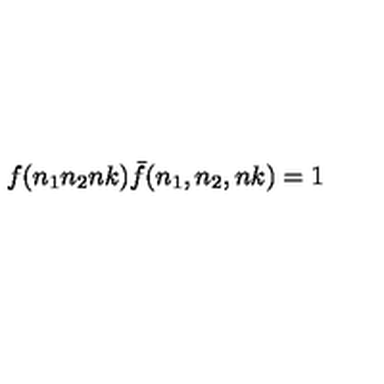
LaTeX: f ( n _ { 1 } n _ { 2 } n k ) { \bar { f } } ( n _ { 1 } , n _ { 2 } , n k ) = 1